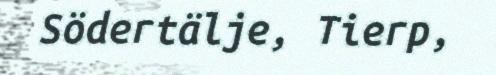
Södertälje, Tierp,